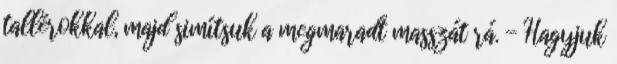
tallérokkal, majd simítsuk a megmaradt masszát rá. - Hagyjuk